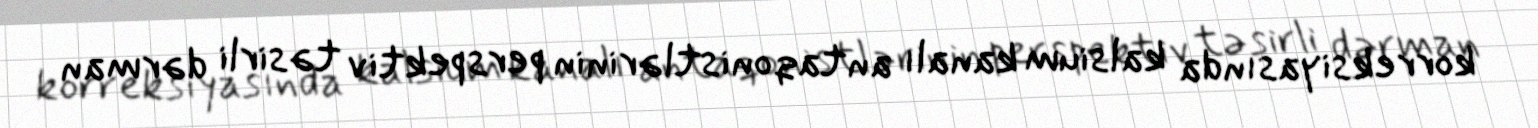
korreksiyasında kalsium kanalı antaqonistlərinin perspektiv təsirli dərman